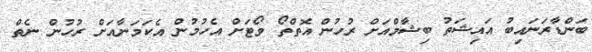
ބަންޑާރަނައިބު އައިޝަތު ބިޝާމްއަށް ރުހުން އޮތްތޯ ވޯޓަށް އެހުމުން އެކަމަނާއަށް ރުހުން ނެތް